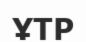
ҰТР